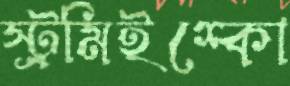
স্ট্রমিইশ্কো